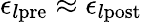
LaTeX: \epsilon_{l\mathrm{pre}}\approx\epsilon_{l\mathrm{post}}